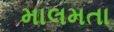
માલમતા